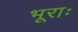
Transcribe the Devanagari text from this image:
भूराः